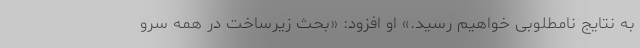
به نتایج نامطلوبی خواهیم رسید.» او افزود: «بحث زیرساخت در همه سرو